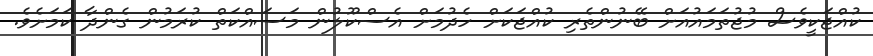
ކުއްޖަކީވެސް މުޖުތަމައުއަށް ބޭނުންތެރި ކުއްޖަކަށް ހެދުމަށް އެސްކޫލުން މަސައްކަތް ކުރަމުން ގެންދާ ކަމަށެވެ.